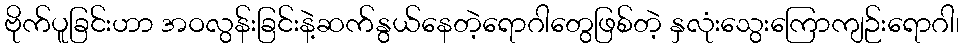
ဗိုက်ပူခြင်းဟာ အဝလွန်းခြင်းနဲ့ဆက်နွယ်နေတဲ့ရောဂါတွေဖြစ်တဲ့ နှလုံးသွေးကြောကျဉ်းရောဂါ၊